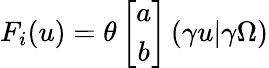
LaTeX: F_{i}(u)=\theta\left[\begin{array}{c}{{a}}\\ {{b}}\end{array}\right]\left(\gamma u|\gamma\Omega\right)